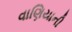
વાણિયાની